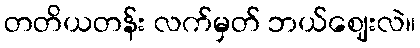
တတိယတန်း လက်မှတ် ဘယ်ဈေးလဲ။